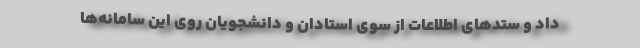
داد و ستدهای اطلاعات از سوی استادان و دانشجویان روی این سامانه‌ها